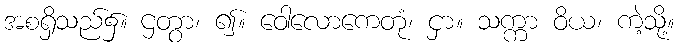
အစရှိသည်၌။ ဌတွာ၊ ၍။ ဝေါလောကေတုံ၊ ငှာ။ သက္ကာ ဝိယ၊ ကဲ့သို့။